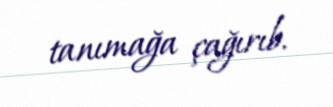
tanımağa çağırıb.